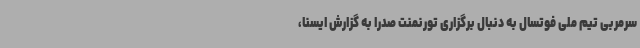
سرمربی تیم ملی فوتسال به دنبال برگزاری تورنمنت صدرا به گزارش ایسنا،